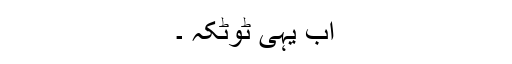
اب یہی ٹوٹکہ ۔